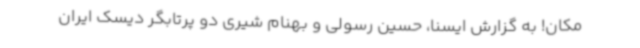
مکان! به گزارش ایسنا، حسین رسولی و بهنام شیری دو پرتابگر دیسک ایران